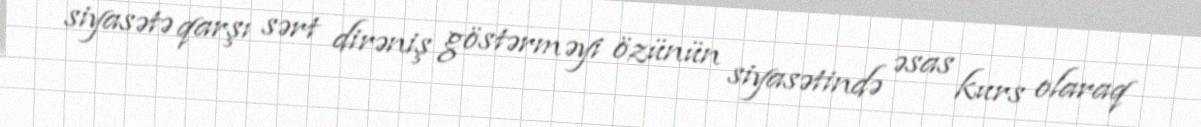
siyasətə qarşı sərt dirəniş göstərməyi özünün siyasətində əsas kurs olaraq